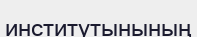
институтынының